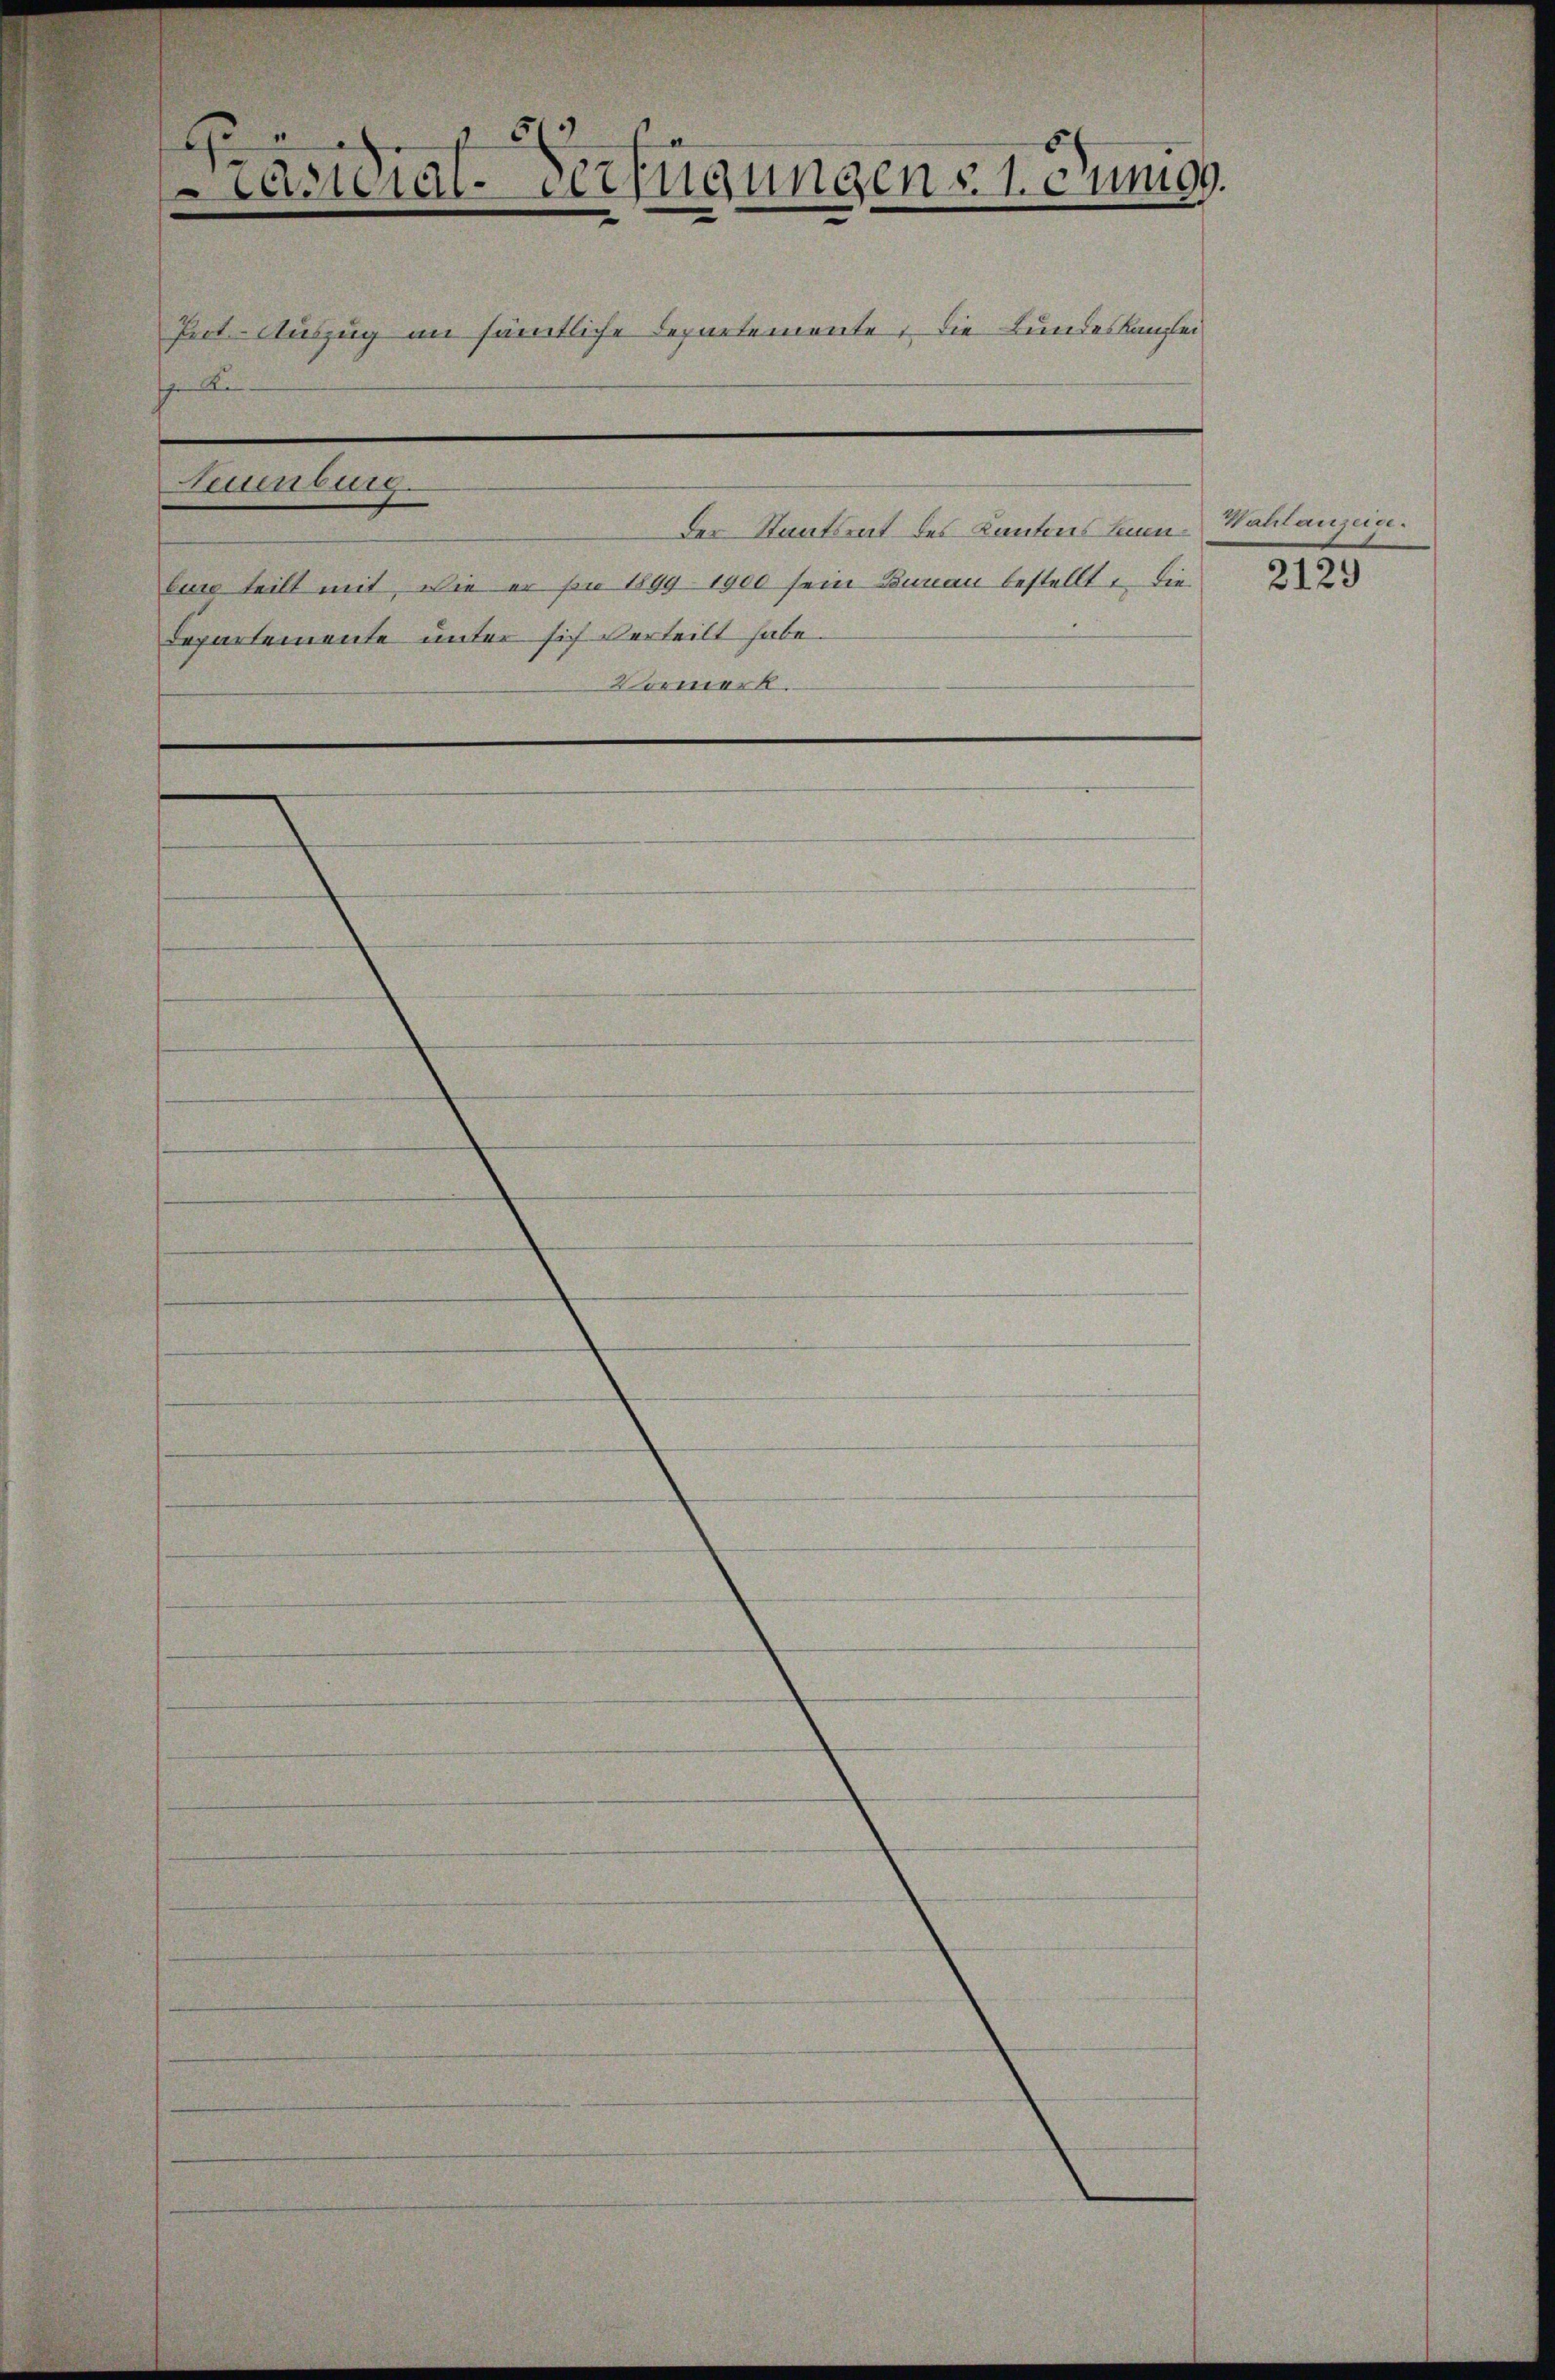
b
räsidial-Verfügungen v. 1. Junigg.
Prot. - Auszug an sämtliche Departemente 1 die Bundeskanzlei
ge Re
Neuenburg.
Der Staatsrat des Kantons Bann Wahlanzeige.

Eun teilt mit, wie er son 1899. 1900 sein können bestellt. Die
Departemente unter sich verteilt habe.
Vormerk.

2129